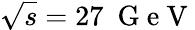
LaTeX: \sqrt{s}=27~\mathrm{~G~e~V~}